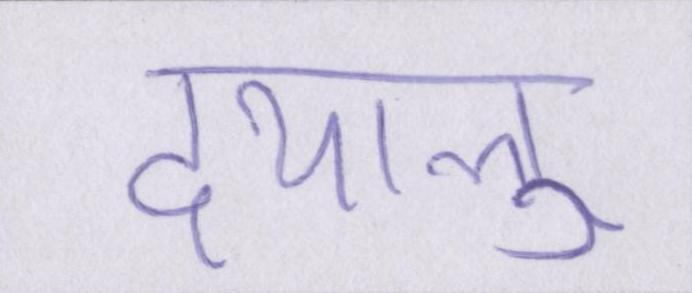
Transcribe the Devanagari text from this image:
दयालु